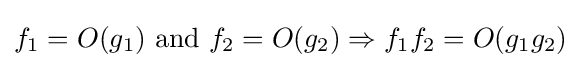
f_{1}=O(g_{1}){\text{ and }}f_{2}=O(g_{2})\Rightarrow f_{1}f_{2}=O(g_{1}g_{2})